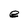
Character: e